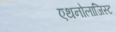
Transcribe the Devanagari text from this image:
एथनोलाजिस्ट